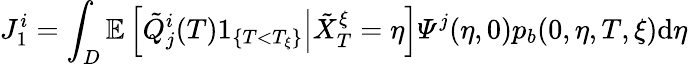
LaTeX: J_{1}^{i}=\int_{D}\mathbb{E}\left[\left.\tilde{Q}_{j}^{i}(T)1_{\{ T<T_{\xi}\} }\right|\tilde{X}_{T}^{\xi}=\eta\right]\varPsi^{j}(\eta,0)p_{b}(0,\eta,T,\xi)\mathrm{d}\eta